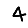
Digit: 4